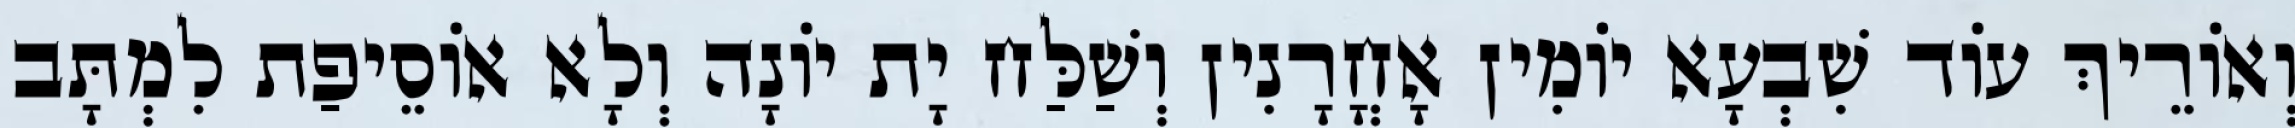
וְאוֹרֵיךְ עוֹד שִׁבְעָא יוֹמִין אָחֳרָנִין וְשַׁלַּח יָת יוֹנָה וְלָא אוֹסֵיפַת לִמְתָּב